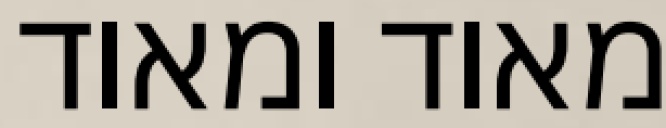
מאוד ומאוד